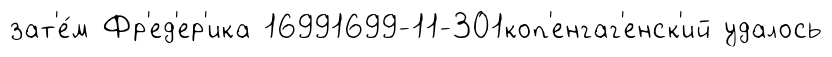
зат'е́м Фр'ед'ер'ика 16991699-11-301коп'енгаг'енск'ий удалось